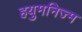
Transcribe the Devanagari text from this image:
हयुमनिज्म